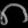
Digit: ၈